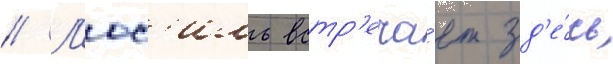
// Л'юс'иль встр'еча́ет зд'е́сь